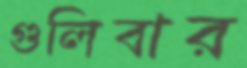
গুলিবার